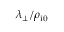
\lambda _ { \perp } / \rho _ { \mathrm { i 0 } }